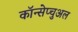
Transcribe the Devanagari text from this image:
कॉन्सेप्चुअल